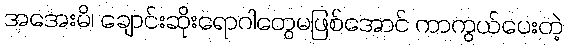
အအေးမိ၊ ချောင်းဆိုးရောဂါတွေမဖြစ်အောင် ကာကွယ်ပေးတဲ့